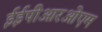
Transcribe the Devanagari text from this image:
ईईपीआरओएम